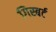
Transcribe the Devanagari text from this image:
गिस्बर्ट